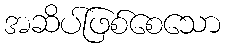
အဆိပ်ဖြစ်စေသော